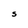
Character: S